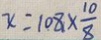
x = 1 0 8 \times \frac { 1 0 } { 8 }